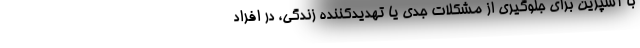
با آسپرین برای جلوگیری از مشکلات جدی یا تهدیدکننده زندگی، در افراد